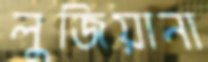
লুজিয়ানা